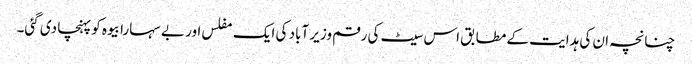
چنانچہ ان کی ہدایت کے مطابق اس سیٹ کی رقم وزیر آباد کی ایک مفلس اور بے سہارا بیوہ کو پہنچا دی گئی۔